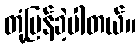
တုံ့ပြန်ခဲ့ပါတယ်။